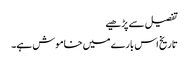
تفصیل سے پڑھیے
تاریخ اس بارے میں خاموش ہے۔